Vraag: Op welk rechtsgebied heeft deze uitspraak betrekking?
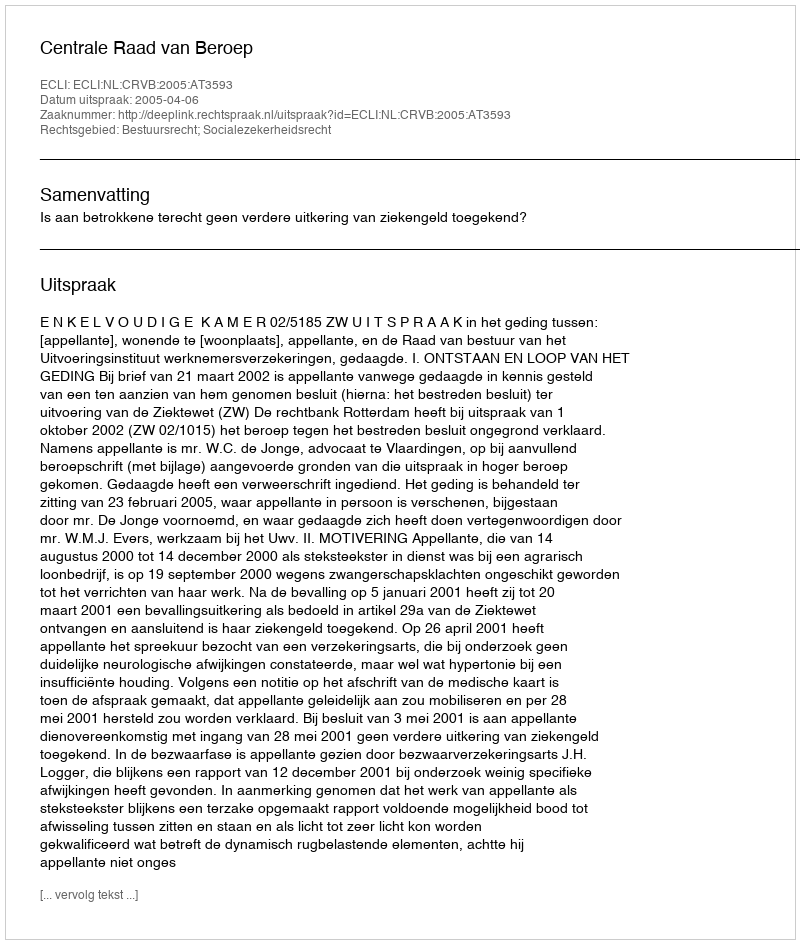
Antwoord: Bestuursrecht; Socialezekerheidsrecht